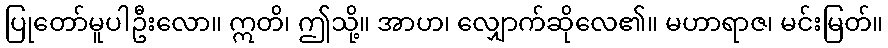
ပြုတော်မူပါဦးလော။ ဣတိ၊ ဤသို့။ အာဟ၊ လျှောက်ဆိုလေ၏။ မဟာရာဇ၊ မင်းမြတ်။